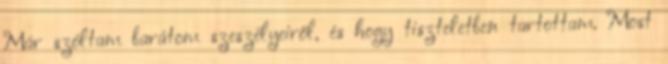
Már szóltam barátom szeszélyeiről, és hogy tiszteletben tartottam. Most